Vaccination in Bombay 1902-1912 - 1902-1912
Year: 1902
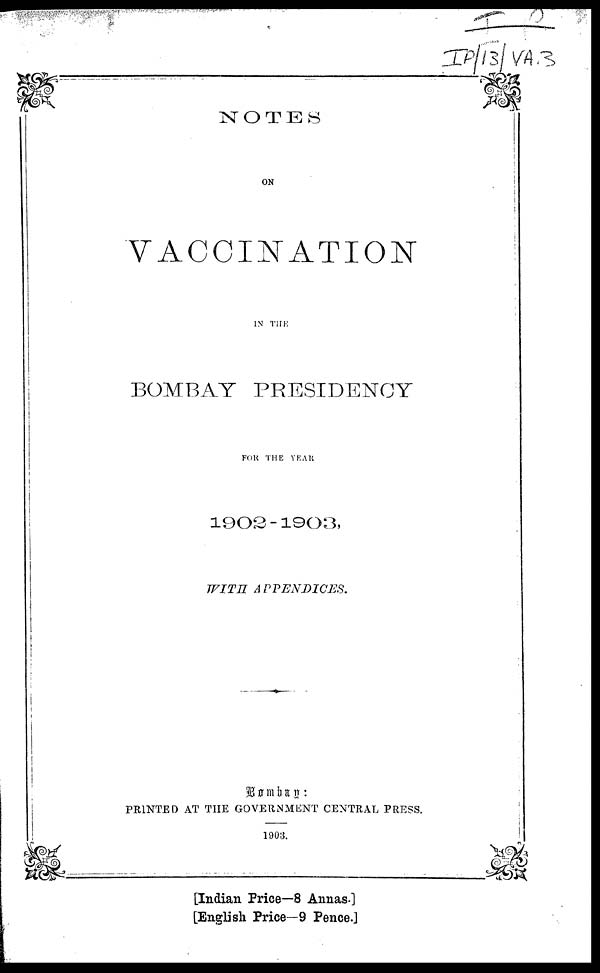
NOTES
ON
VACCINATION
IN THE
BOMBAY PRESIDENCY
FOR THE YEAR
1902-1903,
WITH
APPENDICES.
Bombay :
PRINTED AT THE GOVERNMENT CENTRAL PRESS.
1903.
[Indian Price—8 Annas.]
[English Price—9 Pence.]